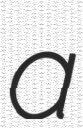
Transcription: a